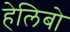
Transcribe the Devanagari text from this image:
हेलिबो